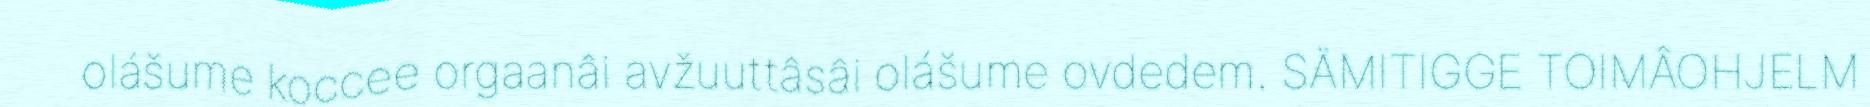
olášume koccee orgaanâi avžuuttâsâi olášume ovdedem. SÄMITIGGE TOIMÂOHJELM